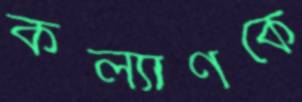
কল্যাণকে